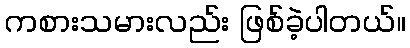
ကစားသမားလည်း ဖြစ်ခဲ့ပါတယ်။